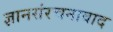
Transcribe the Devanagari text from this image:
ज्ञानसंरचनावाद